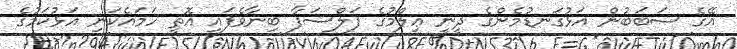
އޭގެ ސަބަބުން އަޅުގަނޑުމެންގެ ދީނީ ޢިލްމުގެ ފަލްސަފާ ބިނާވެފައި އޮތީ ހަމައެކަނި އަޅުކަމުގެ